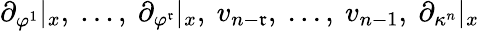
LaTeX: \partial_{\varphi^{1}}|_{x},~...,~\partial_{\varphi^{\mathfrak{r}}}|_{x},~v_{n-\mathfrak{r}},~...,~v_{n-1},~\partial_{\kappa^{n}}|_{x}